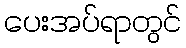
ပေးအပ်ရာတွင်